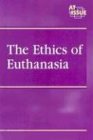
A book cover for At Issue Series - The Ethics of Euthanasia (hardcover edition); Teen & Young Adult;